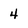
Character: 4